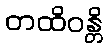
တထိဝန္တိ